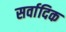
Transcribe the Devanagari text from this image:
सर्वादिक